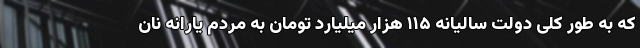
که به طور کلی دولت سالیانه ۱۱۵ هزار میلیارد تومان به مردم یارانه نان